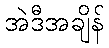
အဲဒီအချိန်